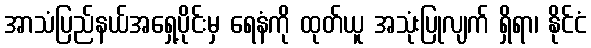
အာသံပြည်နယ်အရှေ့ပိုင်းမှ ရေနံကို ထုတ်ယူ အသုံးပြုလျက် ရှိရာ၊ နိုင်ငံ